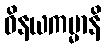
ဝိနယကမ္မာနိ